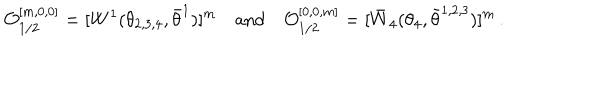
{ \cal O } _ { 1 / 2 } ^ { [ m , 0 , 0 ] } = [ W ^ { 1 } ( \theta _ { 2 , 3 , 4 } , \bar { \theta } ^ { 1 } ) ] ^ { m } \quad \mathrm { a n d } \quad { \cal O } _ { 1 / 2 } ^ { [ 0 , 0 , m ] } = [ \bar { W } _ { 4 } ( \theta _ { 4 } , \bar { \theta } ^ { 1 , 2 , 3 } ) ] ^ { m } \, .